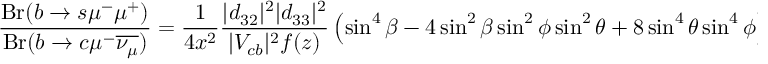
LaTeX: \frac { \mathrm { { B r } } ( b \rightarrow s \mu ^ { - } \mu ^ { + } ) } { { \mathrm { B r } } ( b \rightarrow c \mu ^ { - } { \overline { { { \nu _ { \mu } } } } } ) } = \frac { 1 } { 4 x ^ { 2 } } \frac { | d _ { 3 2 } | ^ { 2 } | d _ { 3 3 } | ^ { 2 } } { | V _ { c b } | ^ { 2 } f ( z ) } \left( \sin ^ { 4 } \beta - 4 \sin ^ { 2 } \beta \sin ^ { 2 } \phi \sin ^ { 2 } \theta + 8 \sin ^ { 4 } \theta \sin ^ { 4 } \phi \right) \, .